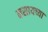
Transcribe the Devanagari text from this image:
नसायच्या